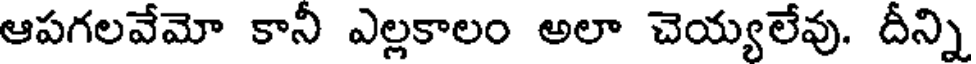
ఆపగలవేమో కానీ ఎల్లకాలం అలా చెయ్యలేవు. దీన్ని